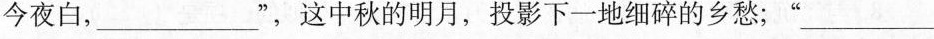
今夜白,___”，这中秋的明月，投影下一地细碎的乡愁；”___